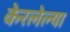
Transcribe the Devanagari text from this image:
केरलेल्या